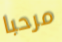
مرحبا